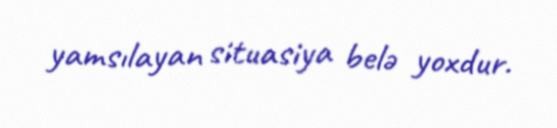
yamsılayan situasiya belə yoxdur.